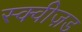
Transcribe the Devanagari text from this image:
स्क्वीज़ड